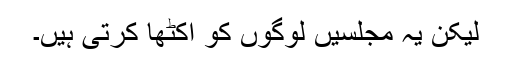
لیکن یہ مجلسیں لوگوں کو اکٹها کرتی ہیں۔